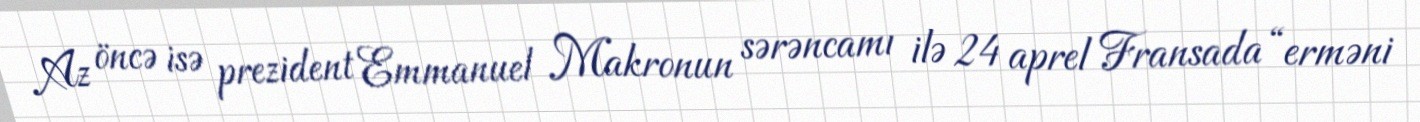
Az öncə isə prezident Emmanuel Makronun sərəncamı ilə 24 aprel Fransada “erməni